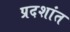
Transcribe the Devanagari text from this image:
प्रदशांत